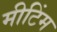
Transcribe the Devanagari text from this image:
मीटिंम